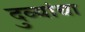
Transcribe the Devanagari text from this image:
दुव्यांचा